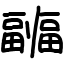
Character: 疈